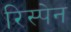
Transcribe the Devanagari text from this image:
रिस्पेन